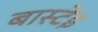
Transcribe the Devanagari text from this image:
बास्टेइ